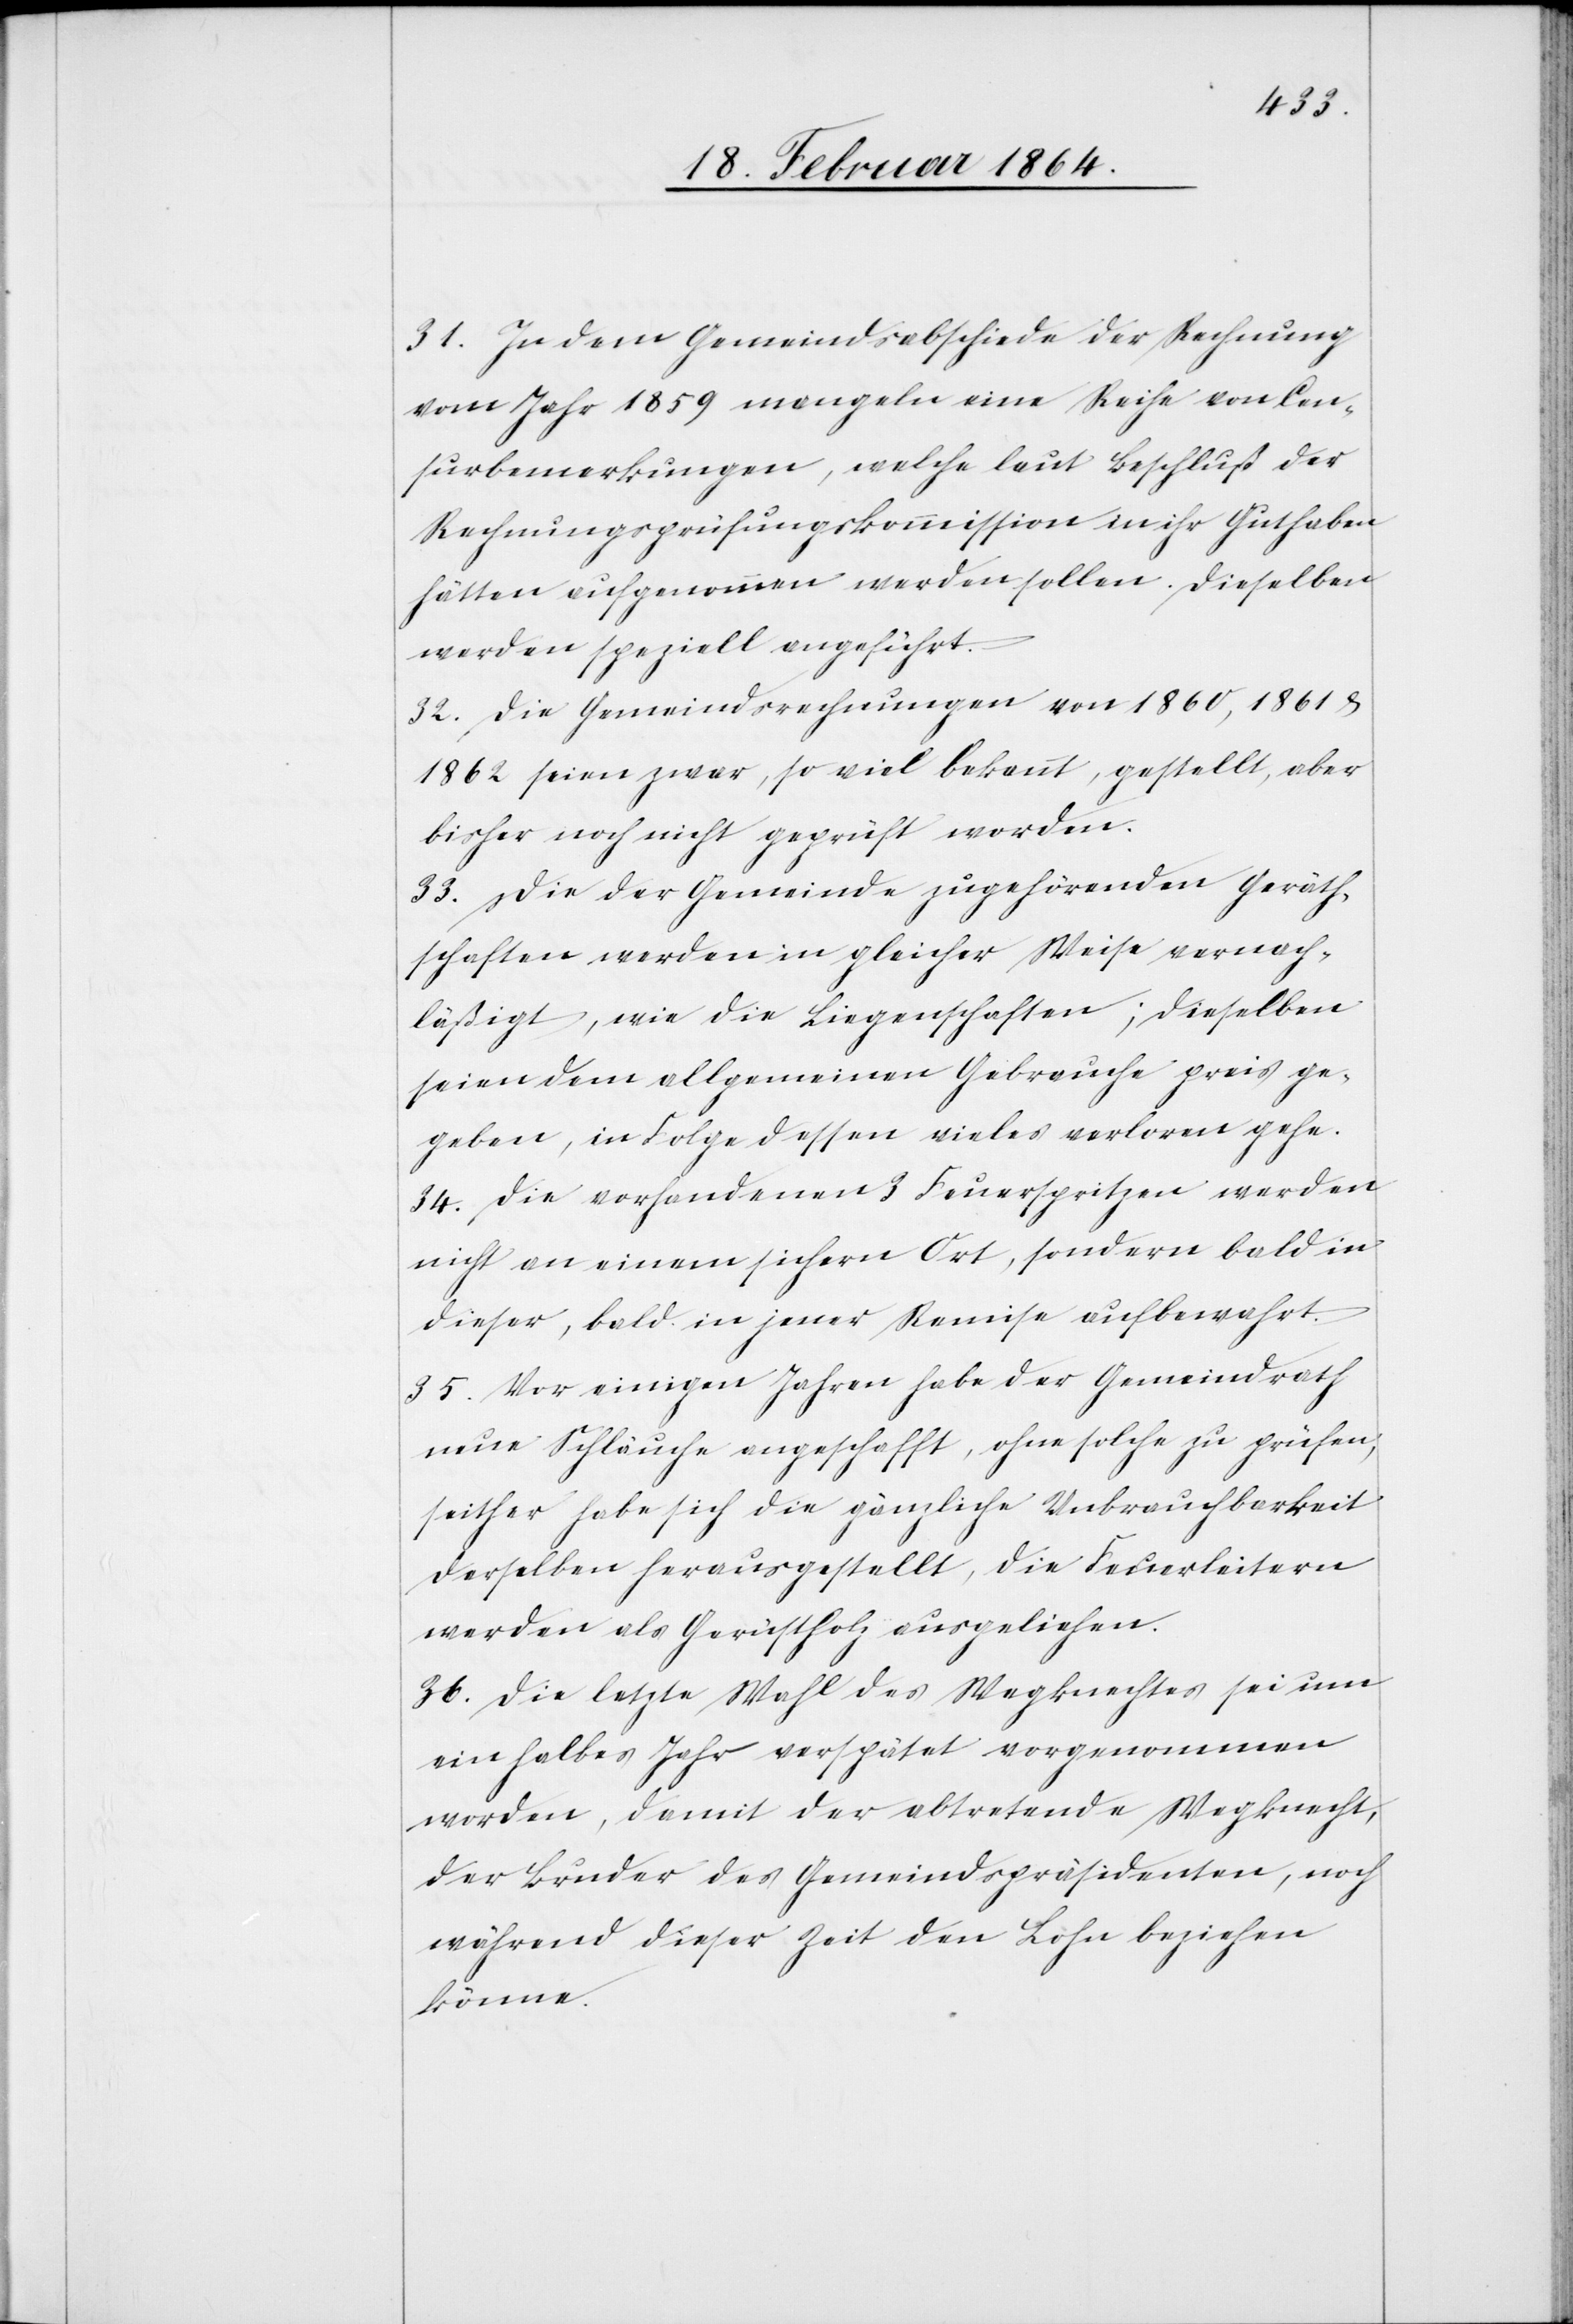
31. In dem Gemeindsabschiede der Rechnung
vom Jahr 1859 mangeln eine Reihe von Cen¬
surbemerkungen, welche laut Beschluß der
Rechnungsprüfungskommission in ihr Guthaben
hätten aufgenommen werden sollen. Dieselben
werden speziell angeführt.
32. Die Gemeindsrechnungen von 1860, 1861 &
1862 seien zwar, so viel bekannt, gestellt, aber
bisher noch nicht geprüft worden.
33. Die der Gemeinde zugehörenden Geräth¬
schaften werden in gleicher Weise vernach¬
läßigt, wie die Liegenschaften; dieselben
seien dem allgemeinen Gebrauche preis ge¬
geben, in Folge dessen vieles verloren gehe.
34. Die vorhandenen 3 Feuerspritzen werden
nicht an einem sichern Ort, sondern bald in
dieser, bald in jener Remise aufbewahrt.
35. Vor einigen Jahren habe der Gemeindrath
neue Schläuche angeschafft, ohne solche zu prüfen,
seither habe sich die gänzliche Unbrauchbarkeit
derselben herausgestellt, die Feuerleitern
werden als Gerüstholz ausgeliehen.
36. Die letzte Wahl des Wegknechtes sei um
ein halbes Jahr verspätet vorgenommen
worden, damit der abtretende Wegknecht,
der Bruder des Gemeindspräsidenten, noch
während dieser Zeit den Lohn beziehen
könne.